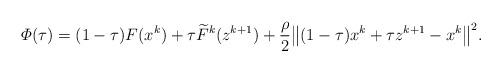
LaTeX: \begin{align*}\varPhi(\tau) = (1-\tau)F(x^k) + \tau \widetilde{F}^k(z^{k+1})+ \frac{\rho}{2} \big\| (1-\tau)x^k + \tau z^{k+1} - x^k\big\|^2.\end{align*}